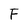
Character: F